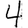
Digit: 4